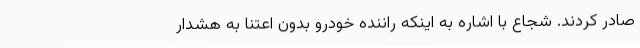
صادر کردند. شجاع با اشاره به اینکه راننده خودرو بدون اعتنا به هشدار